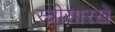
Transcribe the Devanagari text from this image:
स्त्रीसारखे